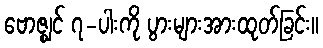
ဗောဇ္ဈင် ၇-ပါးကို ပွားများအားထုတ်ခြင်း။